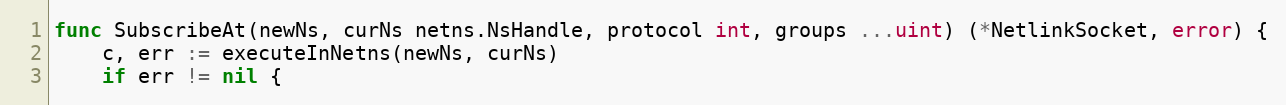
Language: Go
func SubscribeAt(newNs, curNs netns.NsHandle, protocol int, groups ...uint) (*NetlinkSocket, error) {
	c, err := executeInNetns(newNs, curNs)
	if err != nil {